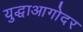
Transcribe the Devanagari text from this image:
युद्धाआगोदर